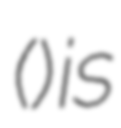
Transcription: (なつきクライシスバトル) is